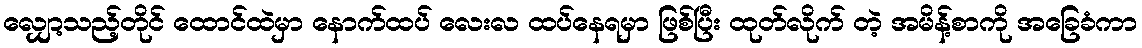
လျှော့သည့်တိုင် ထောင်ထဲမှာ နောက်ထပ် လေးလ ထပ်နေရမှာ ဖြစ်ပြီး ထုတ်လိုက် တဲ့ အမိန့်စာကို အခြေခံကာ